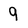
Character: 9